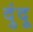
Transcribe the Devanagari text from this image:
दुंदू